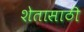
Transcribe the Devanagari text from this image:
शेतासाठी